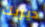
ديريك